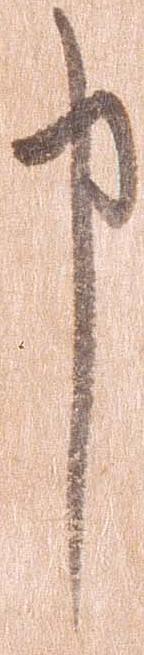
申